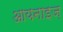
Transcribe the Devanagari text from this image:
आयनाइज़